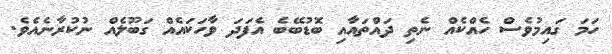
ހަމަ ގައިމުވެސް ހެއްކެއް ނެތި ދައްތައާއި ބޮޑުބޭބެ އެފަދަ ވާހަކައެއް ގަބޫލެއް ނުކުރާނެއެވެ.